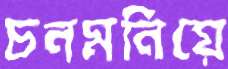
চনমনিয়ে